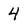
Character: 4